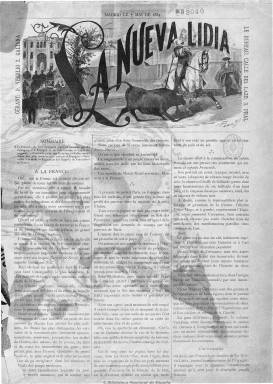
Título: La Nueva lidia
Colección: Toros
Ámbito geográfico: Madrid
Lugar de publicación: Madrid
Fechas: 07/05/1884-02/11/1886

Nace en mayo de 1884 como consecuencia de la división en la redacción de La lidia (1882-1900) entre los seguidores de los toreros Rafael Molina Sánchez (1841-1900) –Lagartijo- y Salvador Sánchez Povedano (1842-1989) –Frascuelo-, reflejo de la que se daba también entre la afición taurina española. El revistero Juan Martos Jiménez (-1891) –Alegrías- toma la dirección literaria de la nueva publicación a favor del lagartijismo, y su mismo puesto vacante en La lidia lo asumirá Antonio Peña y Goñi (1846-1896) –Don Jerónimo-, que lidera la facción a favor del frascuelismo.

La nueva revista será en todo semejante a la que se considera la mejor en la historia de la edad de oro del periodismo taurino español, tanto por su calidad de impresión como por sus contenidos. Se publica durante cada temporada taurina, de abril a noviembre, en entregas que aparecen al día siguiente de verificarse cada corrida en Madrid, por lo que su periodicidad será prácticamente semanal. Contará con corresponsales y dará cuenta de los principales festejos, además de publicar otros artículos de tauromaquia. Su paginación será variada, aunque generalmente contará con dos páginas de texto a tres columnas y una lámina, generalmente a color, “con magníficos cromos” de naturaleza taurina, que ocupará las dos páginas centrales.

Su aparición coincide con la estancia de Martos Jiménez en París, probablemente acompañando a Frascuelo. La colección de la Biblioteca Nacional de España comienza con un número redactado en francés y estampado en la imprenta madrileña de F. Rubiños, fechado el siete de mayo de 1884. Se trata de una edición francesa para España que debió tener alguna entrega más. La edición en castellano comienza el 23 de mayo, correspondiendo a su número uno. Según Gómez Aparicio, el éxito de la nueva publicación debió ser “mediano”, y desapareció al finalizar la tercera temporada, siendo el último número de la colección el correspondiente al 2 de noviembre de 1886.